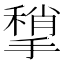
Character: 𢵥